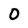
Character: 0